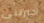
اخبرتنى